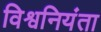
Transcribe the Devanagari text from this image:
विश्वनियंता